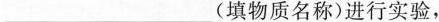
___(填物质名称)进行实验.